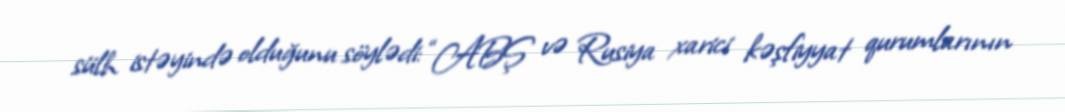
sülh istəyində olduğunu söylədi: “ABŞ və Rusiya xarici kəşfiyyat qurumlarının